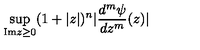
\sup _ { \mathrm { I m } z \geq 0 } ( 1 + | z | ) ^ { n } | \frac { d ^ { m } \psi } { d z ^ { m } } ( z ) |